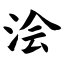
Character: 浍